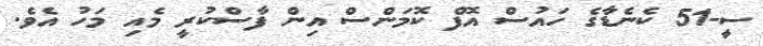
ސީ-51 ކެނެޑާގެ ހައުސް އޮފް ކޮމަންސް އިން ފާސްކުރީ މެއި މަހު އެވެ.